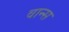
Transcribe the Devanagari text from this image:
वान्स